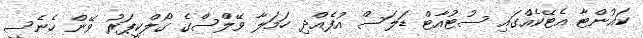
ކައުންޓާ އެޓޭކެއްގައި ސުޓުއާޓް ޑަލަސް އުފެއްދި ހަމަލާ ވޭލްސްގެ ގޯލްކީޕަރު ވޭން ހެނެސީ